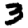
Digit: 3